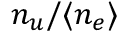
n _ { u } / \langle n _ { e } \rangle